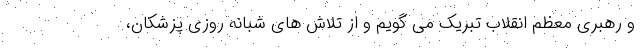
و رهبری معظم انقلاب تبریک می گویم و از تلاش ‌های شبانه روزی پزشکان،